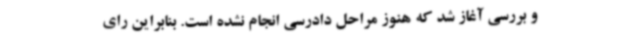
و بررسی آغاز شد که هنوز مراحل دادرسی انجام نشده است. بنابراین رای